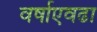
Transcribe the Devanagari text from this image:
वर्षाएवढा